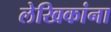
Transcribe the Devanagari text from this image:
लेखिकांना